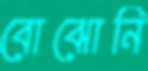
বোঝোনি